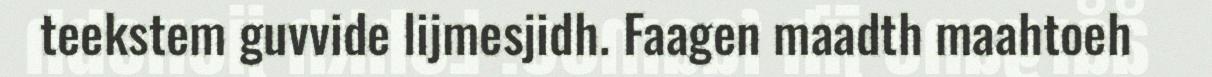
teekstem guvvide lijmesjidh. Faagen maadth maahtoeh